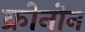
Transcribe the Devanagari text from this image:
क्रोनोन